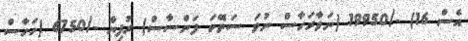
އެސް 16) -/19950 (ނަވާރަހާސް ނުވަ ސަތޭކަ ފަންސާސް) ރުފިޔާ -/6750 (ހަހާސް